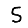
Digit: 5